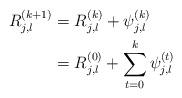
LaTeX: \begin{align*}R_{j,l}^{(k+1)} & = R_{j,l}^{(k)} + \psi_{j,l}^{(k)} \\& = R_{j,l}^{(0)} + \sum_{t=0}^{k} \psi_{j,l}^{(t)} \end{align*}